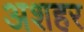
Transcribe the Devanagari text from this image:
अशहर